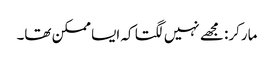
مارکر: مجھے نہیں لگتا کہ ایسا ممکن تھا۔